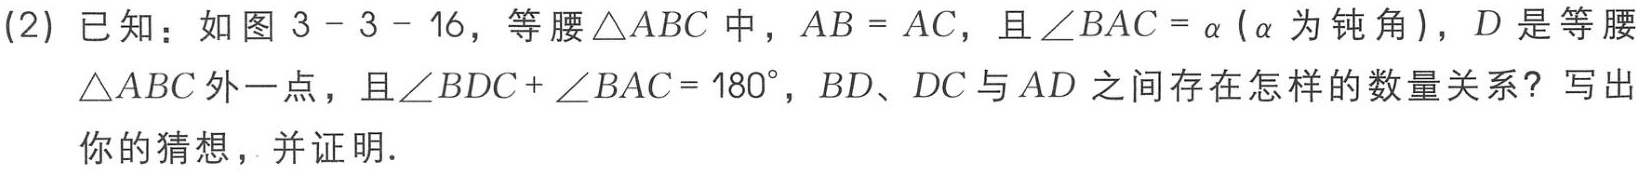
(2) 已知：如图 3 - 3 - 16，等腰$\triangle ABC$中，$AB = AC$，且$\angle BAC = \alpha$ ($\alpha$为钝角)，$D$是等腰$\triangle ABC$外一点，且$\angle BDC+\angle BAC = 180^{\circ}$，$BD、DC$与$AD$之间存在怎样的数量关系？写出你的猜想，并证明.